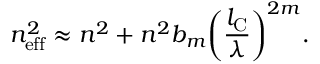
n _ { \mathrm { e f f } } ^ { 2 } \approx n ^ { 2 } + n ^ { 2 } b _ { m } \biggl ( \frac { l _ { \mathrm { C } } } { \lambda } \biggr ) ^ { 2 m } .